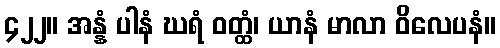
၄၂၂။ အန္နံ ပါနံ ဃရံ ဝတ္ထံ၊ ယာနံ မာလာ ဝိလေပနံ။